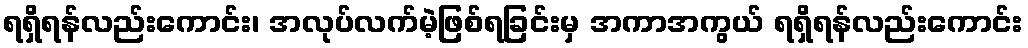
ရရှိရန်လည်းကောင်း၊ အလုပ်လက်မဲ့ဖြစ်ရခြင်းမှ အကာအကွယ် ရရှိရန်လည်းကောင်း